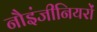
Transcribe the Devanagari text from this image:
नौइंजीनियरों